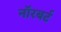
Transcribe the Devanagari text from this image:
नॉरबर्ट